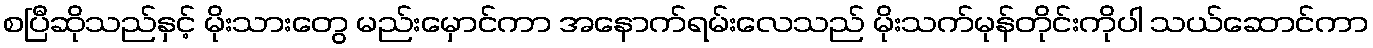
စပြီဆိုသည်နှင့် မိုးသားတွေ မည်းမှောင်ကာ အနောက်ရမ်းလေသည် မိုးသက်မုန်တိုင်းကိုပါ သယ်ဆောင်ကာ